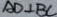
A D \bot B C